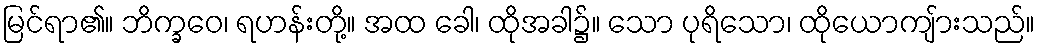
မြင်ရာ၏။ ဘိက္ခဝေ၊ ရဟန်းတို့။ အထ ခေါ၊ ထိုအခါ၌။ သော ပုရိသော၊ ထိုယောကျ်ားသည်။